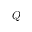
Q